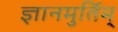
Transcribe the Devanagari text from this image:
ज्ञानमुर्तिम्‌